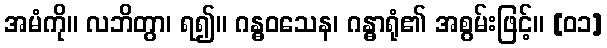
အမံကို။ လဘိတွာ၊ ရ၍။ ဂန္ဓဝသေန၊ ဂန္ဓာရုံ၏ အစွမ်းဖြင့်။ [၀၁]